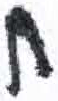
אות: ח